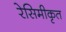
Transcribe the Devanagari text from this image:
रेसिमीकृत